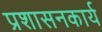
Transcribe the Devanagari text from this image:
प्रशासनकार्य